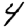
Digit: 4